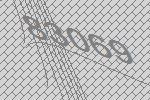
83069